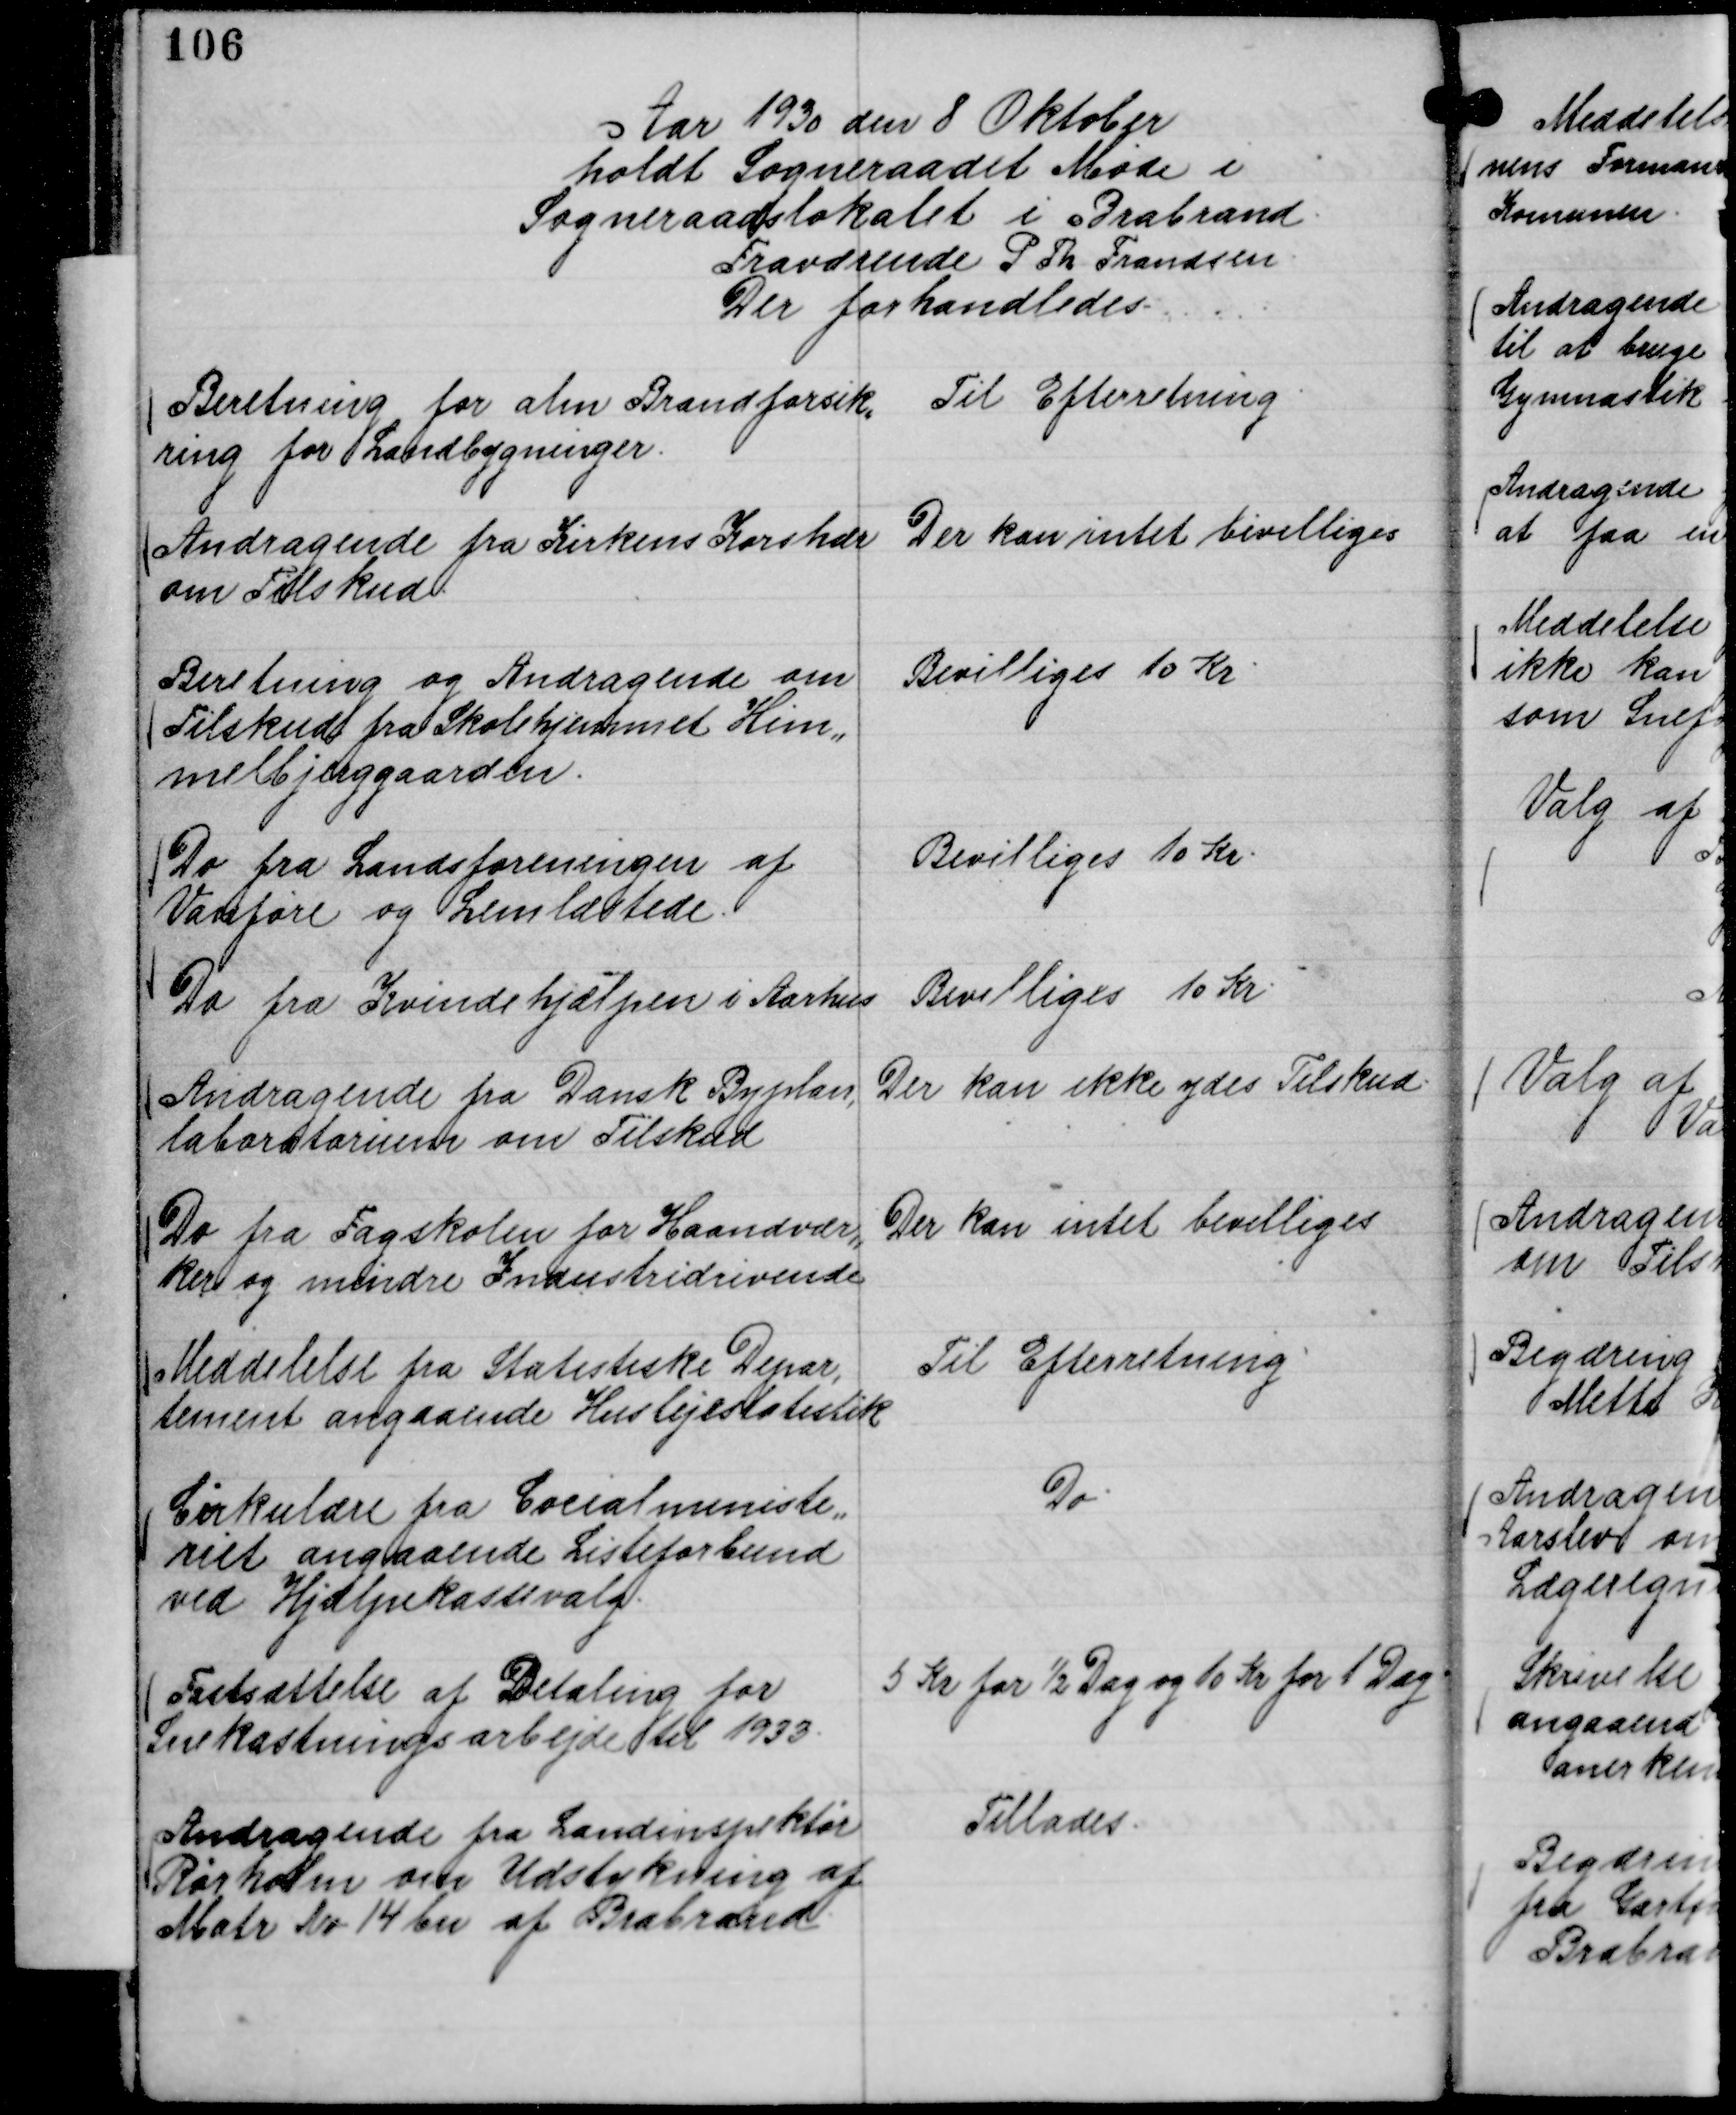
Transskription:
Aar 1930 den 8 Oktober
holdt Sogneraadet Møde i
Sogneraadslokalet i Brabrand.
Fraværende P Th Frandsen
Der forhandledes.

Beretning for alm Brandforsik,,
ring for Landbygninger.

Til Efterretning.

Andragende fra Kirkens Korshær
om Tilskud.

Der kan intet bevilliges

Beretning og Andragende om
Tilskud fra Skolehjemmet Him,,
melbjerggaarden.

Bevilliges 10 Kr.

Do fra Landsforeningen af
Vanføre og Lemlæstede.

Bevilliges 10 Kr.

Do fra Kvindehjælpen i Aarhus

Bevilliges 10 Kr.

Andragende fra Dansk Byplan,
laboratorium om Tilskud

Der kan ikke ydes Tilskud.

Do fra Fagskolen for Haandvær,,
ker og mindre Industridrivende

Der kan intet bevilliges

Meddelelse fra Statistiske Depar,
tement angaaende Huslejestatistik

Til Efterretning

Cirkulære fra Cocialministe,,
riet angaaende Listeforbund
ved Hjælpekassevalg.

Do.

Fastsættelse af Betaling for
Snekastningsarbejde til 1933.

5 Kr for ½ Dag og 10 Kr for 1 Dag.

Andragende fra Landinspektør
Rørholm om Udstykning af
Matr No 14 bn af Brabrand.

Tillades.